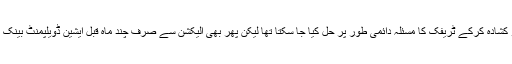
چند ارب روپے سے وہ مکمل کرکے اور رنگ روڈ کو کشادہ کرکے ٹریفک کا مسئلہ دائمی طور پر حل کیا جا سکتا تھا لیکن پھر بھی الیکشن سے صرف چند ماہ قبل ایشین ڈویلپمنٹ بینک کے قرضے سے بی آر ٹی پروجیکٹ کا آغاز کردیا گیا۔